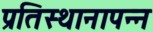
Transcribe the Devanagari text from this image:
प्रतिस्थानापन्न